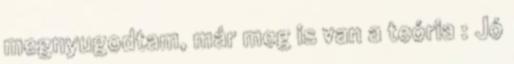
megnyugodtam, már meg is van a teória : Jó